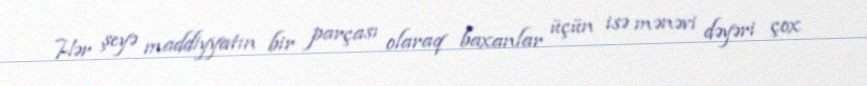
Hər şeyə maddiyyatın bir parçası olaraq baxanlar üçün isə mənəvi dəyəri çox